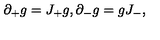
\partial _ { + } g = J _ { + } g , { } \partial _ { - } g = g J _ { - } ,